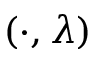
( \cdot , \lambda )